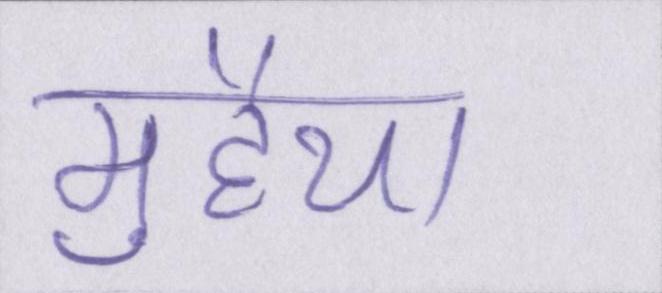
मुहैया